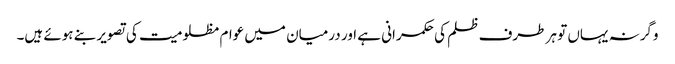
وگرنہ یہاں تو ہر طرف ظلم کی حکمرانی ہے اور درمیان میں عوام مظلومیت کی تصویر بنے ہوئے ہیں۔